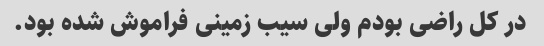
در کل راضی بودم ولی سیب زمینی فراموش شده بود.